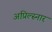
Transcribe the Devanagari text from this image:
अप्रिल्स्नार